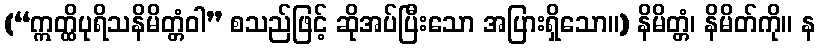
(“ဣတ္ထိပုရိသနိမိတ္တံဝါ” စသည်ဖြင့် ဆိုအပ်ပြီးသော အပြားရှိသော။) နိမိတ္တံ၊ နိမိတ်ကို။ န